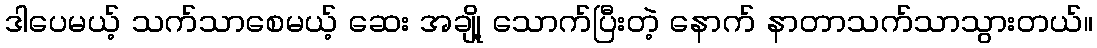
ဒါပေမယ့် သက်သာစေမယ့် ဆေး အချို့ သောက်ပြီးတဲ့ နောက် နာတာသက်သာသွားတယ်။